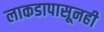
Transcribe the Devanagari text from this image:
लाकडापासूनही